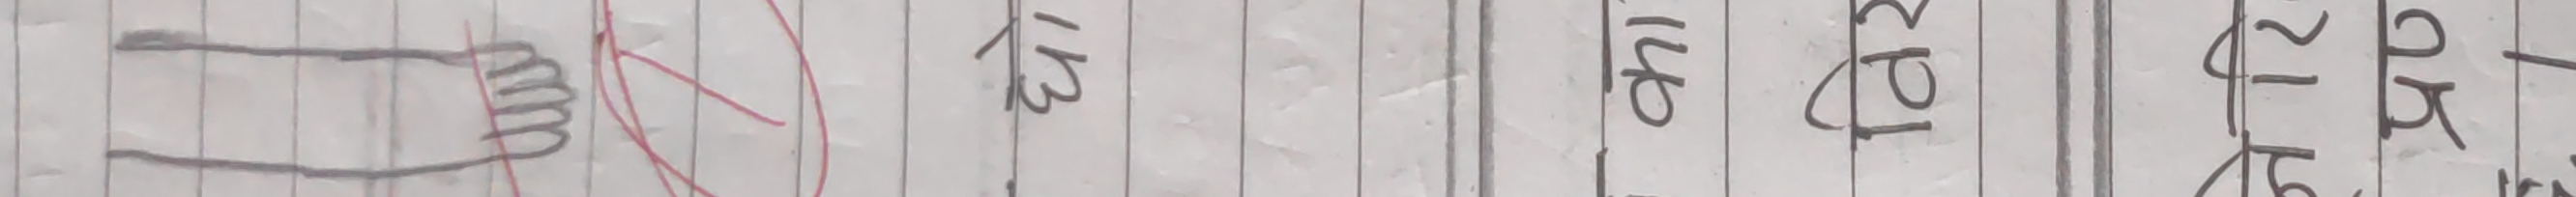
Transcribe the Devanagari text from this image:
१ख १ग १घ १ङ